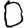
Digit: 0